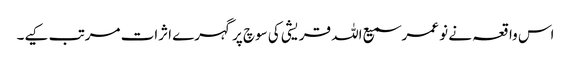
اس واقعہ نے نو عمر سمیع اللہ قریشی کی سوچ پر گہرے اثرات مرتب کیے۔